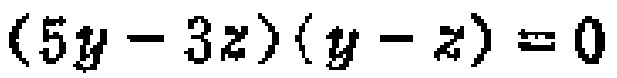
\((5y - 3z)(y - z)=0\)